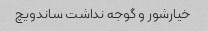
خیارشور و گوجه نداشت ساندویچ